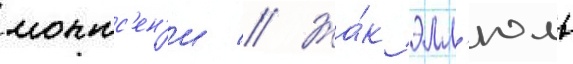
монтс'ен'и // Жа́к элл'юль